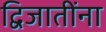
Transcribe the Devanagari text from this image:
द्विजातींना